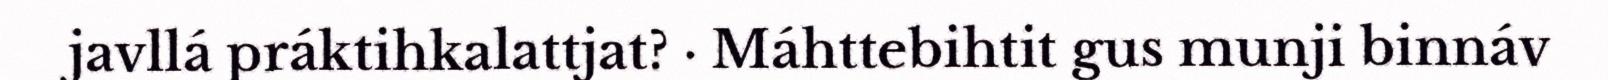
javllá práktihkalattjat? · Máhttebihtit gus munji binnáv